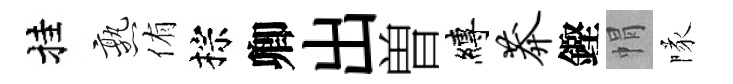
挂熟侑棕卿出曽縛莽鏗㡌隊